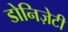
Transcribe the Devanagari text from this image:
डोनिज़ेटी